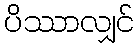
ပိဿာလျှင်